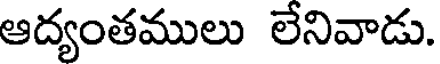
ఆద్యంతములు లేనివాడు.